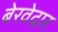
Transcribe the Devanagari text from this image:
बेरवेदार